Notes on vaccination in the North-West Frontier Province 1923-1928 - 1923-1928
Year: 1923
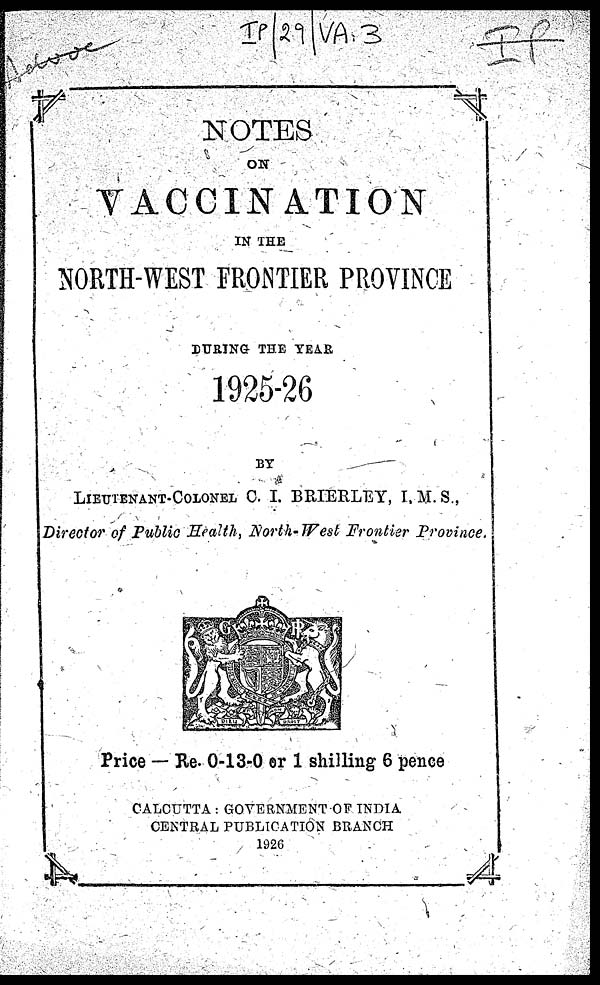
NOTES
ON
VACCINATION
IN THE
NORTH-WEST FRONTIER PROVINCE
DURING THE YEAR
1925-26
BY
LIEUTENANT-COLONEL C. I. BRIERLEY, I. M. S.,
Director of Public Health, North- West Frontier Province.
Price — Re. 0-13-0 or 1 shilling 6 pence
CALCUTTA : GOVERNMENT OF INDIA
CENTRAL PUBLICATION BRANCH
1926